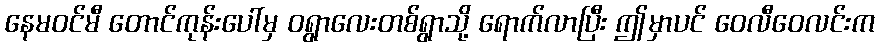
နေမဝင်မီ တောင်ကုန်းပေါ်မှ ဝရွာလေးတစ်ရွာသို့ ရောက်လာပြီး ဤမှာပင် ဝေလီဝေလင်းက